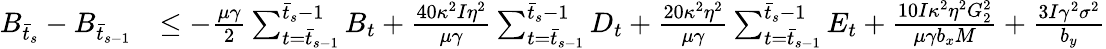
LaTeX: \begin{array}{rl}{B_{\bar{t}_{s}}-B_{\bar{t}_{s-1}}}&{\leq-\frac{\mu\gamma}{2}\sum_{t=\bar{t}_{s-1}}^{\bar{t}_{s}-1}B_{t}+\frac{40\kappa^{2}I\eta^{2}}{\mu\gamma}\sum_{t=\bar{t}_{s-1}}^{\bar{t}_{s}-1}D_{t}+\frac{20\kappa^{2}\eta^{2}}{\mu\gamma}\sum_{t=\bar{t}_{s-1}}^{\bar{t}_{s}-1}E_{t}+\frac{10I\kappa^{2}\eta^{2}G_{2}^{2}}{\mu\gamma b_{x}M}+\frac{3I\gamma^{2}\sigma^{2}}{b_{y}}}\end{array}